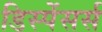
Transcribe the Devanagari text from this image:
डिस्पेंसर्स